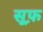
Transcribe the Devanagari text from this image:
सूफ़